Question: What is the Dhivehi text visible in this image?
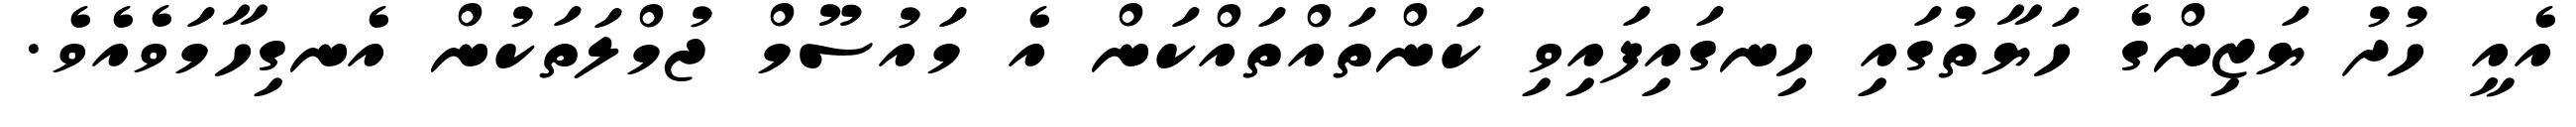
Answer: އެއީ ހުދު ޔަޒިންގެ ހަޔާތުގައި ހިނގައިފައިވި ކަންތައްތައްކަން އެ މައުސޫމް ޖުމްލަތަކުން އެނގިހާމަވެއެވެ.